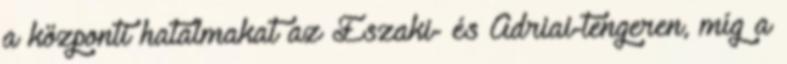
a központi hatalmakat az Északi- és Adriai-tengeren, míg a